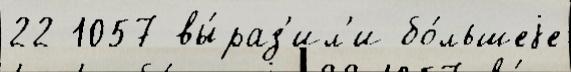
22 1057 вы́раз'ил'и бо́льшеjе